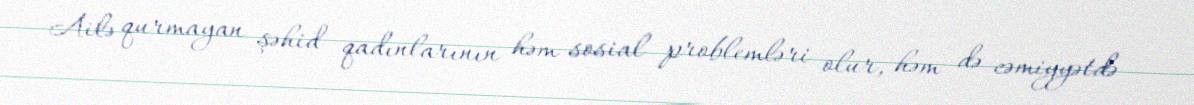
Ailə qurmayan şəhid qadınlarının həm sosial problemləri olur, həm də cəmiyyətdə